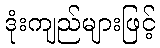
ဒုံးကျည်များဖြင့်